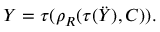
Y = \tau ( \rho _ { R } ( \tau ( \ddot { Y } ) , C ) ) .